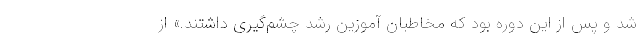
شد و پس از این دوره بود که مخاطبان آموزین رشد چشم‌گیری داشتند.» از